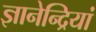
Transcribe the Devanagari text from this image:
ज्ञानेन्द्रियां